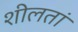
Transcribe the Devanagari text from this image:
शीलतां